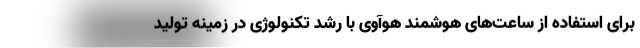
برای استفاده از ساعت‌های هوشمند هوآوی با رشد تکنولوژی در زمینه تولید